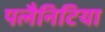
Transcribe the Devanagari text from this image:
पलैनिटिया